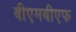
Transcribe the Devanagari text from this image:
बीएमबीएफ